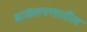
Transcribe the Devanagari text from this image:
बाळंतपणातील